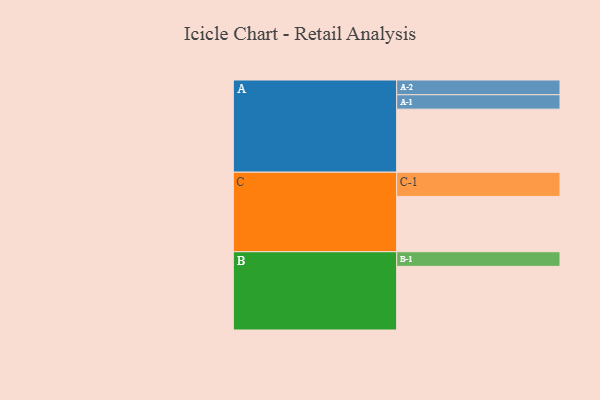
{"axis": {"x": "Segment", "y": "Value"}, "legend": ["", "A", "B", "C"], "data": [{"x": "A", "y": 552, "type": ""}, {"x": "B", "y": 557, "type": ""}, {"x": "C", "y": 484, "type": ""}, {"x": "A-1", "y": 126, "type": "A"}, {"x": "A-2", "y": 129, "type": "A"}, {"x": "B-1", "y": 128, "type": "B"}, {"x": "C-1", "y": 212, "type": "C"}]}